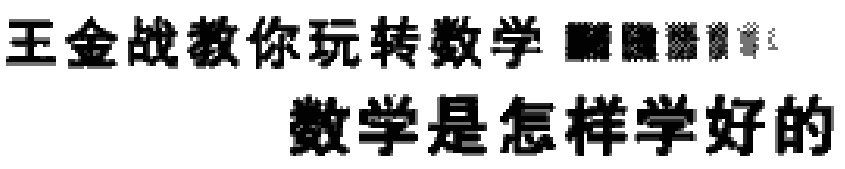
王金战教你玩转数学  数学是怎样学好的